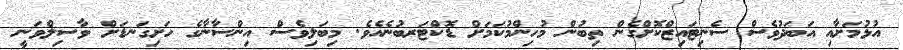
އުޅުމަށާއި އަބަދުވެސް ސެނިޓައިޒްކޮށްގެން ތިބުން މުހިންމުކަމަށް ޑޮކްޓަރބުނެއެވެ. މިބަލިވެސް އިންސާނާގެ ހަށިގަނޑަށް ވާސިލްވަނީ